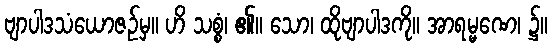
ဗျာပါဒသံယောဇဉ်မှ။ ဟိ သစ္စံ၊ ၏။ သော၊ ထိုဗျာပါဒကို။ အာရမ္မဏေ၊ ၌။